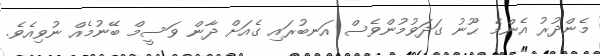
މެންދުރު އެންމެ ޙޫނު ގަދަވުމުންވެސް އަނބުރައި ގެއަށް ދާން ވަސީމް ބޭނުމެއް ނުވިއެވެ.